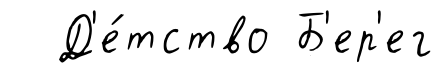
Д'е́тство Б'ер'ег